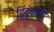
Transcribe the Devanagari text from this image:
हिंदूंकडेच